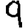
Digit: 9